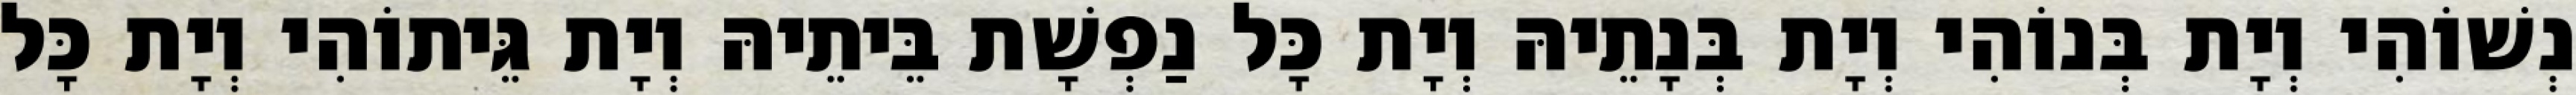
נְשׁוֹהִי וְיָת בְּנוֹהִי וְיָת בְּנָתֵיהּ וְיָת כָּל נַפְשָׁת בֵּיתֵיהּ וְיָת גֵּיתוֹהִי וְיָת כָּל